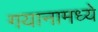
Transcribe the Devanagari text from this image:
गयानामध्ये